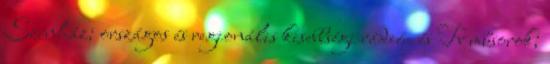
Színház; országos és regionális kisebbségi rádió- és Tv műsorok;